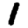
Digit: 1